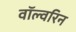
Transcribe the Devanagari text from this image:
वॉल्वरिन